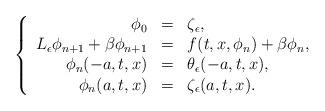
LaTeX: \begin{align*} \left\{ \begin{array}{rcl} \phi_{0}&=& \zeta_{\epsilon},\\L_{\epsilon}\phi_{n+1}+\beta\phi_{n+1}&=& f(t,x,\phi_{n})+\beta \phi_{n},\\\phi_n(-a,t,x)&=& \theta_\epsilon(-a,t,x),\\\phi_n(a,t,x)&=& \zeta_\epsilon(a,t,x).\\\end{array}\right. \end{align*}